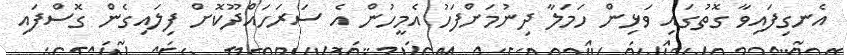
އެނގިފައިވާ ގޮތުގައި ވަޅިން ހަމަލާ ދިނުމަށްފަހު އެމީހުން އެ ސަރަހައްދޫކޮށް ފިލައިގެން ގޮސްފައި